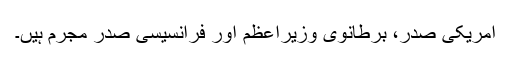
امریکی صدر، برطانوی وزیراعظم اور فرانسیسی صدر مجرم ہیں۔